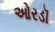
ઓરડૉ